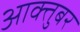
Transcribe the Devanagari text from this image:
आक्तुबर